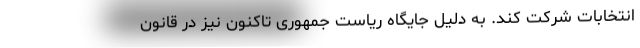
انتخابات شرکت کند. به دلیل جایگاه ریاست جمهوری تاکنون نیز در قانون